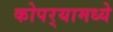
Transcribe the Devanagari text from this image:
कोपर्‍यामध्ये